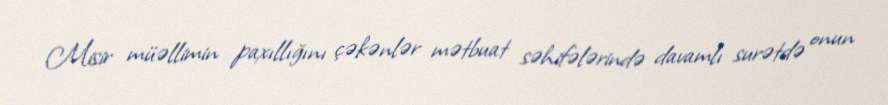
Misir müəllimin paxıllığını çəkənlər mətbuat səhifələrində davamlı surətdə onun